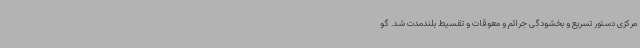
مرکزی دستور تسریع و بخشودگی جرائم و معوقات و تقسیط بلندمدت شد. گو